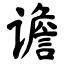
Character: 谵